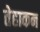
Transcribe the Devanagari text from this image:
तेहाकन